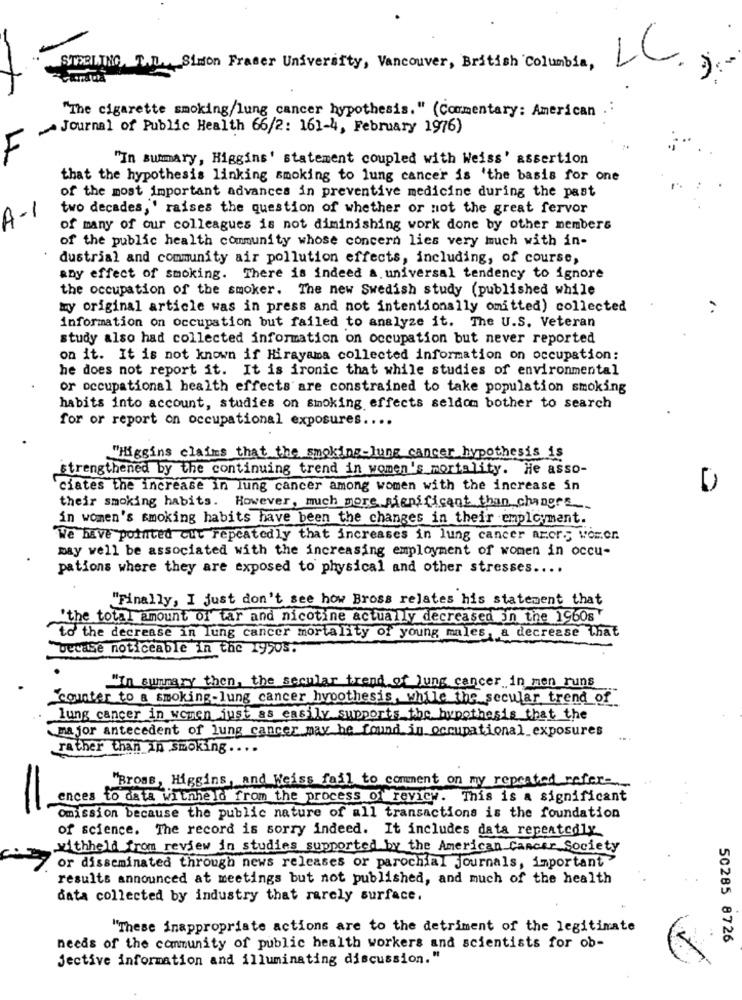
LL
STERLING, T.L. Simon Fraser University, Vancouver, British Columbia,
"The cigarette smoking/lung cancer hypothesis." (Commentary: American
Journal of Public Health 66/2: 161-4, February 1976)
4
"In summary, Higgins' statement coupled with Weiss' assertion
that the hypothesis linking smoking to lung cancer is 'the basis for one
of the most important advances in preventive medicine during the past
two decades, ' raises the question of whether or not the great fervor
A-1
of many of our colleagues is not diminishing work done by other members
of the public health community whose concern lies very much with in-
dustrial and community air pollution effects, including, of course,
aby effect of smoking. There is indeed a universal tendency to ignore
the occupation of the smoker. The new Swedish study (published while
my original article was in press and not intentionally omitted) collected
information on occupation but failed to analyze it. The U.S. Veteran
study also had collected information on occupation but never reported
on it. It is not known if Hirayama collected information on occupation:
he does not report it. It is ironic that while studies of environmental
or occupational health effects are constrained to take population smoking
habits into account, studies on smoking effects seldom bother to search
for or report on occupational exposures ....
"Higgins claims that the smoking-lung cancer hypothesis is
strengthened by the continuing trend in women's mortality. He asso-
ciates the increase in lung cancer among women with the increase in
D
their smoking habits. However, much more significant than changes
in women's smoking habits have been the changes in their employment.
We have pointed out repeatedly that increases in lung cancer arers worer.
may well be associated with the increasing employment of women in occu-
pations where they are exposed to physical and other stresses.
"Finally, I just don't see how Bross relates his statement that
'the total amount of tar and nicotine actually decreased in the 1960s
to the decrease in lung cancer mortality of young males, a decrease that
vecase noticeable in the 1950s.
"In summary then, the secular trend of lung cancer in men runs
counter to a smoking-lung cancer hypothesis, while the secular trend of
lung cancer in women just as easily supports the hypothesis that the
major antecedent of lung cancer may be found in occupational exposures
rather than in smoking ....
"Bross, Higgins, and Weiss fail to comment on my repeated refex-
ences to data withheld from the process of review. This is a significant
Omission because the public nature of all transactions is the foundation
of science. The record is sorry indeed. It includes data repeatedly
withheld from review in studies supported by the American Cancer Society
or disseminated through news releases or parochial journals, important
results announced at meetings but not published, and much of the health
data collected by industry that rarely surface.
"These inappropriate actions are to the detriment of the legitimate
50285 8726
needs of the community of public health workers and scientists for ob-
Jective information and illuminating discussion."